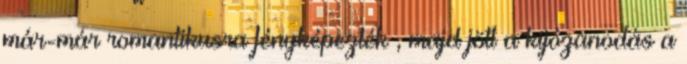
már-már romantikusra fényképezték , majd jött a kijózanodás a